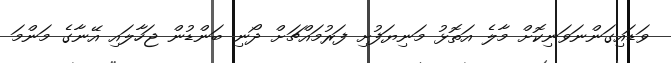
ވަޑައިގަންނަވަނިކޮށް މާލެ އަތޮޅު މަނިޔަފުށި ފަރުމައްޗަށް ދޯނި ބަންޑުން ޖަހާލައި އޭނާގެ މަންމަ